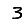
Digit: 3